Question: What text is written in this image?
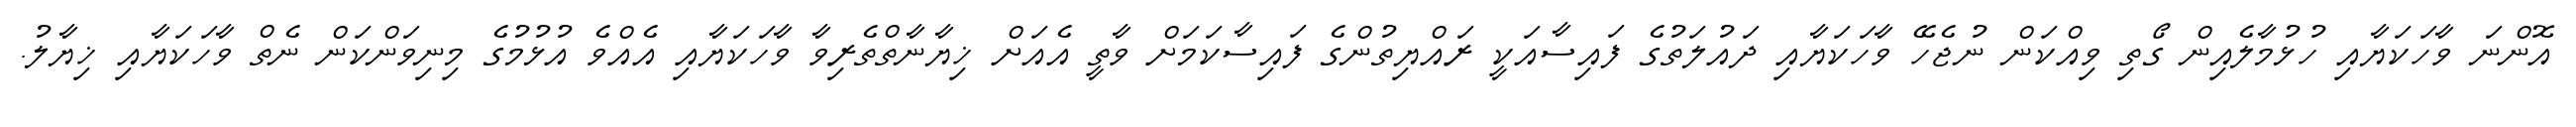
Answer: އޮންނަ ވާހަކަޔާއި ހުޅުމާލެއިން ގޯތި ވިއްކަން ނުޖެހޭ ވާހަކަޔާއި ދައުލަތުގެ ފައިސާއަކީ ރައްޔިތުންގެ ފައިސާކަމަށް ވާތީ އެއަށް ޚިޔާނާތްތެރިވާ ވާހަކަޔާއި އެއްވެ އުޅުމުގެ މިނިވަންކަން ނެތް ވާހަކަޔާއި ޚިޔާލު.